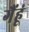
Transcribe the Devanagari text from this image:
गैंहूं